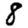
Digit: 8